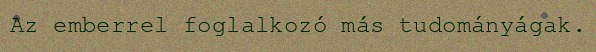
Az emberrel foglalkozó más tudományágak.